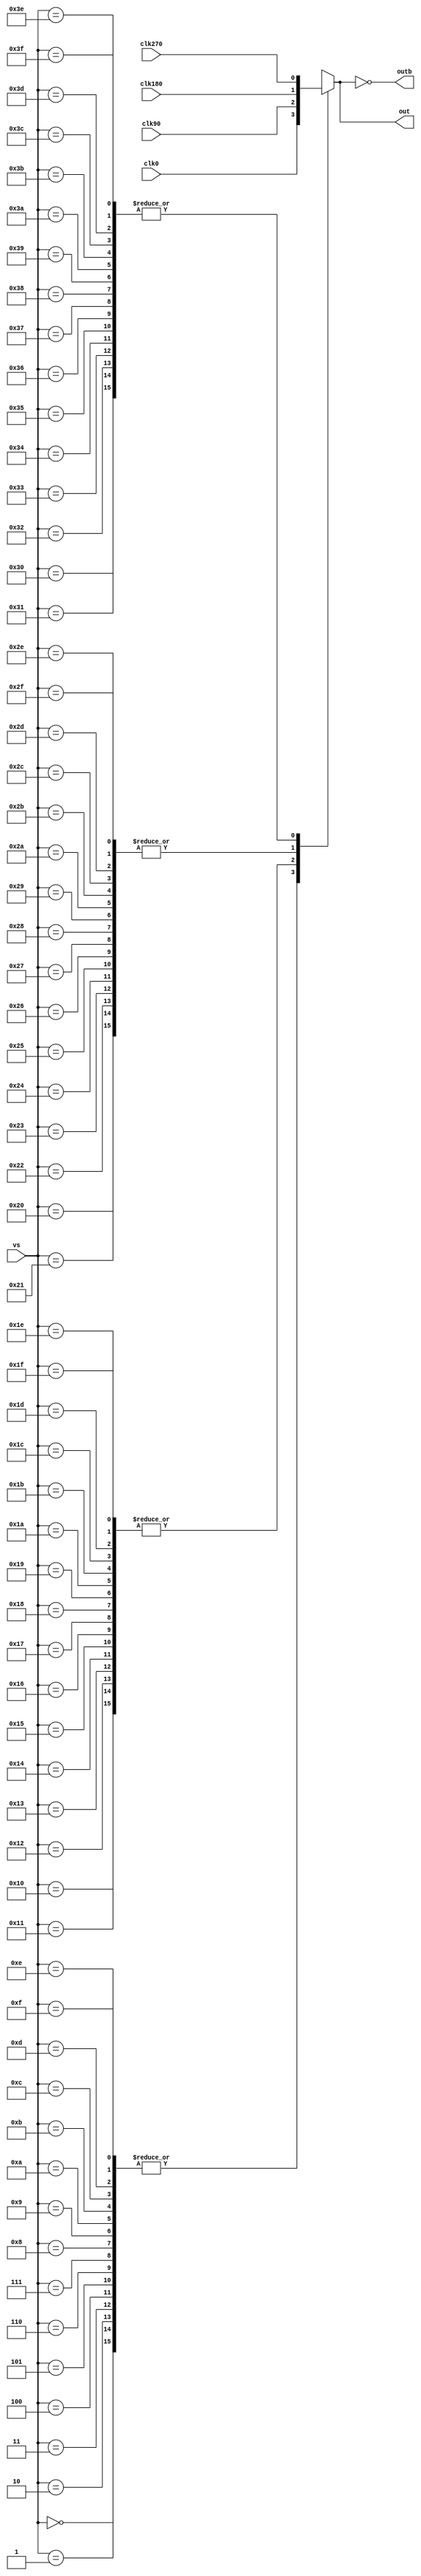
module pi(
	input wire [5:0] vs,
//	input wire en,
	input wire clk0, clk90, clk180, clk270,
//	input wire clk0,
	output reg out, outb);
/*
wire [15:0] code,sel;
wire [1:0] quad;

b2t b2t1(
	.b(vs),
	.t(code));

assign sel=code^{16{vs[4]}};
assign quad[1]=vs[5]^vs[4];
assign quad[0]=vs[5];

always @ (*) begin
	case(quad)
		2'b00:out=clk0;
		2'b01:out=clk270;
		2'b11:out=clk180;
		2'b10:out=clk90;
	endcase
end
*/
/*
assign out=clk0;
assign outb=!out;

specify 
	if (vs==6'b000000)(clk0=>out)=(1);
	else if (vs==6'b100000)(clk0=>out)=(160);
endspecify
*/

always @ (vs or clk0 or clk90 or clk180 or clk270) begin
	case (vs)
		6'b000000: #5 out=clk0;
		6'b000001: #15 out=clk0;
		6'b000010: #25 out=clk0;
		6'b000011: #35 out=clk0;
		6'b000100: #45 out=clk0;
		6'b000101: #55 out=clk0;
		6'b000110: #65 out=clk0;
		6'b000111: #75 out=clk0;
		6'b001000: #85 out=clk0;
		6'b001001: #95 out=clk0;
		6'b001010: #105 out=clk0;
		6'b001011: #115 out=clk0;
		6'b001100: #125 out=clk0;
		6'b001101: #135 out=clk0;
		6'b001110: #145 out=clk0;
		6'b001111: #155 out=clk0;
		6'b010000: #5 out=clk90;
		6'b010001: #15 out=clk90;
		6'b010010: #25 out=clk90;
		6'b010011: #35 out=clk90;
		6'b010100: #45 out=clk90;
		6'b010101: #55 out=clk90;
		6'b010110: #65 out=clk90;
		6'b010111: #75 out=clk90;
		6'b011000: #85 out=clk90;
		6'b011001: #95 out=clk90;
		6'b011010: #105 out=clk90;
		6'b011011: #115 out=clk90;
		6'b011100: #125 out=clk90;
		6'b011101: #135 out=clk90;
		6'b011110: #145 out=clk90;
		6'b011111: #155 out=clk90;
		6'b100000: #5 out=clk180;
		6'b100001: #15 out=clk180;
		6'b100010: #25 out=clk180;
		6'b100011: #35 out=clk180;
		6'b100100: #45 out=clk180;
		6'b100101: #55 out=clk180;
		6'b100110: #65 out=clk180;
		6'b100111: #75 out=clk180;
		6'b101000: #85 out=clk180;
		6'b101001: #95 out=clk180;
		6'b101010: #105 out=clk180;
		6'b101011: #115 out=clk180;
		6'b101100: #125 out=clk180;
		6'b101101: #135 out=clk180;
		6'b101110: #145 out=clk180;
		6'b101111: #155 out=clk180;
		6'b110000: #5 out=clk270;
		6'b110001: #15 out=clk270;
		6'b110010: #25 out=clk270;
		6'b110011: #35 out=clk270;
		6'b110100: #45 out=clk270;
		6'b110101: #55 out=clk270;
		6'b110110: #65 out=clk270;
		6'b110111: #75 out=clk270;
		6'b111000: #85 out=clk270;
		6'b111001: #95 out=clk270;
		6'b111010: #105 out=clk270;
		6'b111011: #115 out=clk270;
		6'b111100: #125 out=clk270;
		6'b111101: #135 out=clk270;
		6'b111110: #145 out=clk270;
		6'b111111: #155 out=clk270;
	endcase
end

assign outb=!out;
endmodule